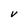
Character: V